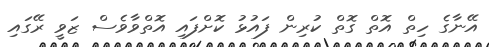
އޭނާގެ ހިތް އޮތް ގޮތް ކުރިން ފައުޅު ކޮށްފައި އޮތްވާވެސް ޒަވީ ރޭގައި